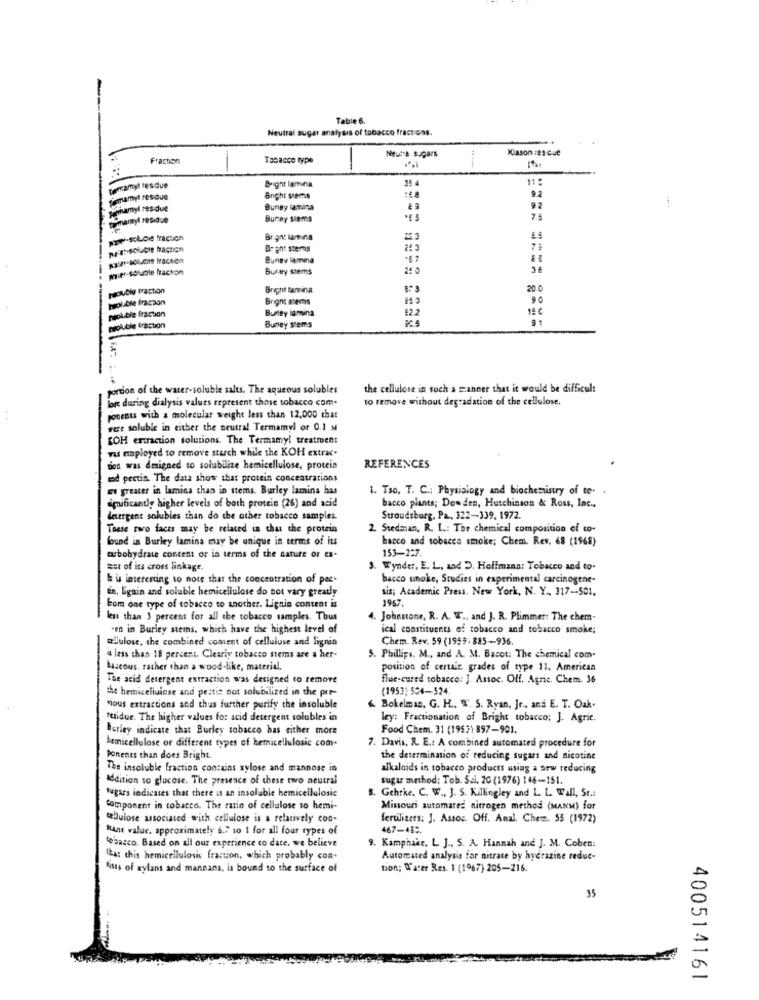
Table 6.
Neutral sugar analysis of tobacco fractions.
-
Kiason ies due
Frachon
Tobacco type
Neutra Sugars
Dermamyt residue
Bright lamina
femamyt resous
Bnght stems
Sichamyl res-due
Burigy lamina
mimarnyt residue
Burey siems
pre-scLoi fraction
Br.gne larına
p'e-double action
Brent stems
Bungy lamina
--
mier-sokole fraction
Buty stems
IOUble Praction
Bright tamina
20.0
Prolible fracaon
Brons stems
90
Prol-ble fraction
Burley lamina
82.2
14C
91
napluble fraction
Bumey stems
Portion of the water-soluble salts. The aqueous solubles
the cellulose in such a manner that it would be difficult
bon during dialysis values represent those tobacco com.
to remove without degradation of the cellulose.
. .
-
ponests with a molecular weight less than 12.000 chat
vere soluble in either the neutral Termamyl or 0.1 st
SOH ertraction solutions. The Termamyl treatment
vas maployed to remove starch while the KOH extrac.
don was designed to solubilize hemicellulose, protein
REFERENCES
md pectin. The data show that protein concentrations
et greater in lamina chan in stems. Burley lamina has
1. Tso. T. C .; Physiology and biochemistry of to.
amificantiy higher levels of both protein (26) and acid
bacco plants; Dowden, Hutchinson & Ross, Inc .,
detergent solubles than do the other tobacco samples.
Stroudsburg, Pa, 322-339, 1972.
These two faces may be related in that the protein
2. Stedman, R. L .: The chemical composition of co.
found in Burley lamina clay be unique in terms of its
barco and sobacca smoke; Chem. Rev. 68 (1968)
153-2:7.
mubohydrate content or in terms of the nature or ex-
set of its cross linkage.
3. Wynde :, E. L. and D. Hoffmann: Tobacco and to-
k is interesting to note that the concentration of pec-
bacco smoke, Studies in experimental carcinogene-
de, ligain and soluble hemicellulose do bot vary greatly
sis; Academic Press. New York, N. Y ., 317 -- 501.
bom one type of tobacco to another. Lignin content is
1967.
-
less than 3 percent for all the tobacco samples. Thus
4. Johnstone, R. A. T ., and J. R. Plimmer: The chern-
"en in Burley stems, which have the highest level of
ical constituents of tobacco and tobacco smoke;
aJulose, the combined coment of celluluse and lignin
Chem. Rev. 59 (1959.885-936.
-
a less than 18 percent. Clearly tobacco stems are a her-
5. Phillips. M ., and A. M. Bacot: The chemical com-
Lazeous, rather than a wood-like, material.
position of certain grades of type 11, American
The acid detergent extraction was designed to remove
flue-cured tobacco: J. Assoc. Off. Agric. Chem. 36
the hemicellulose and pestis not solubilized in the pre-
(1953) 554-524.
Mious extractions and thus further purify the insoluble
& Bokelmas, G. H ., W. S. Ryan, Jr ., and E. T. Oak.
ruidue. The higher values for acid detergent solubles in
ley: Fractionation of Bright tobacco; J. Agric.
Burley indicate that Burley tobacco has either more
Food Chem. 31 (1953) 897-901.
7. Davis, R. E .: A combined automated procedure for
Lemicellulose or different types of hemicellulosic com-
Ponents than does Bright
the determination of reducing sugars and nicotine
The insoluble fraction contains xylose and mannose in
alkaloids in tobacco products using a arw reducing
Addition to glucose. The presence of these two neutral
sugar method: Tob. Sai. 20 (1976) 146-151.
s. Gehrke, C. W ., J. S. Killingley and L. L. Wall, St .:
sugars indicates that there is an insoluble hemicellulosie
Component in tobacco. The ratio of cellulose to hemi-
Missouri automarez nitrogen method (MANM) for
tebuiose associated with cellulose is a relatively coo-
fertilizers: J. Assoc. Off. Anal. Chem. 55 (1972)
Rtant value. approximately 6.7 to 1 for all four types of
467-489.
tobacco. Based on all our experience co date. we believe
9. Kamphake. L J ., S. A. Hannah and J. M. Coben:
tha: this hemicellulosic fraction, which probably con-
Automated analysis for nitrate by hydrazine reduc-
fists of xylans and mannans, is bound to the surface of
tion; Water Res. 1 (1967) 205-216.
35
400514161